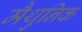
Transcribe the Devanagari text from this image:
मैथुनिक